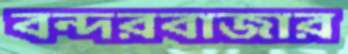
বন্দরবাজার